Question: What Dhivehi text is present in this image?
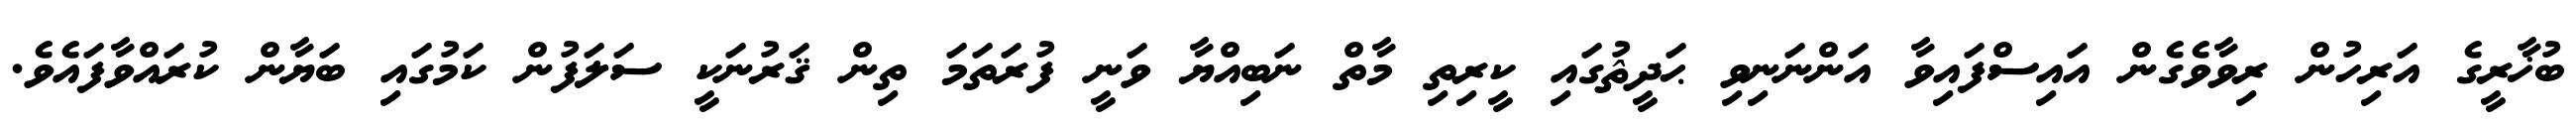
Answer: ބުޚާރީގެ އަރިހުން ރިވާވެގެން އައިސްފައިވާ އަންނަނިވި ޙަދީޘުގައި ކީރިތި މާތް ނަބިއްޔާ ވަނީ ފުރަތަމަ ތިން ޤަރުނަކީ ސަލަފުން ކަމުގައި ބަޔާން ކުރައްވާފައެވެ.